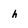
Character: h